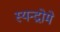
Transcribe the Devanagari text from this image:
स्यन्द्रोमे